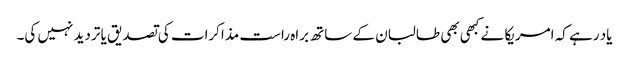
یاد رہے کہ امریکا نے کبھی بھی طالبان کے ساتھ براہ راست مذاکرات کی تصدیق یا تردید نہیں کی۔